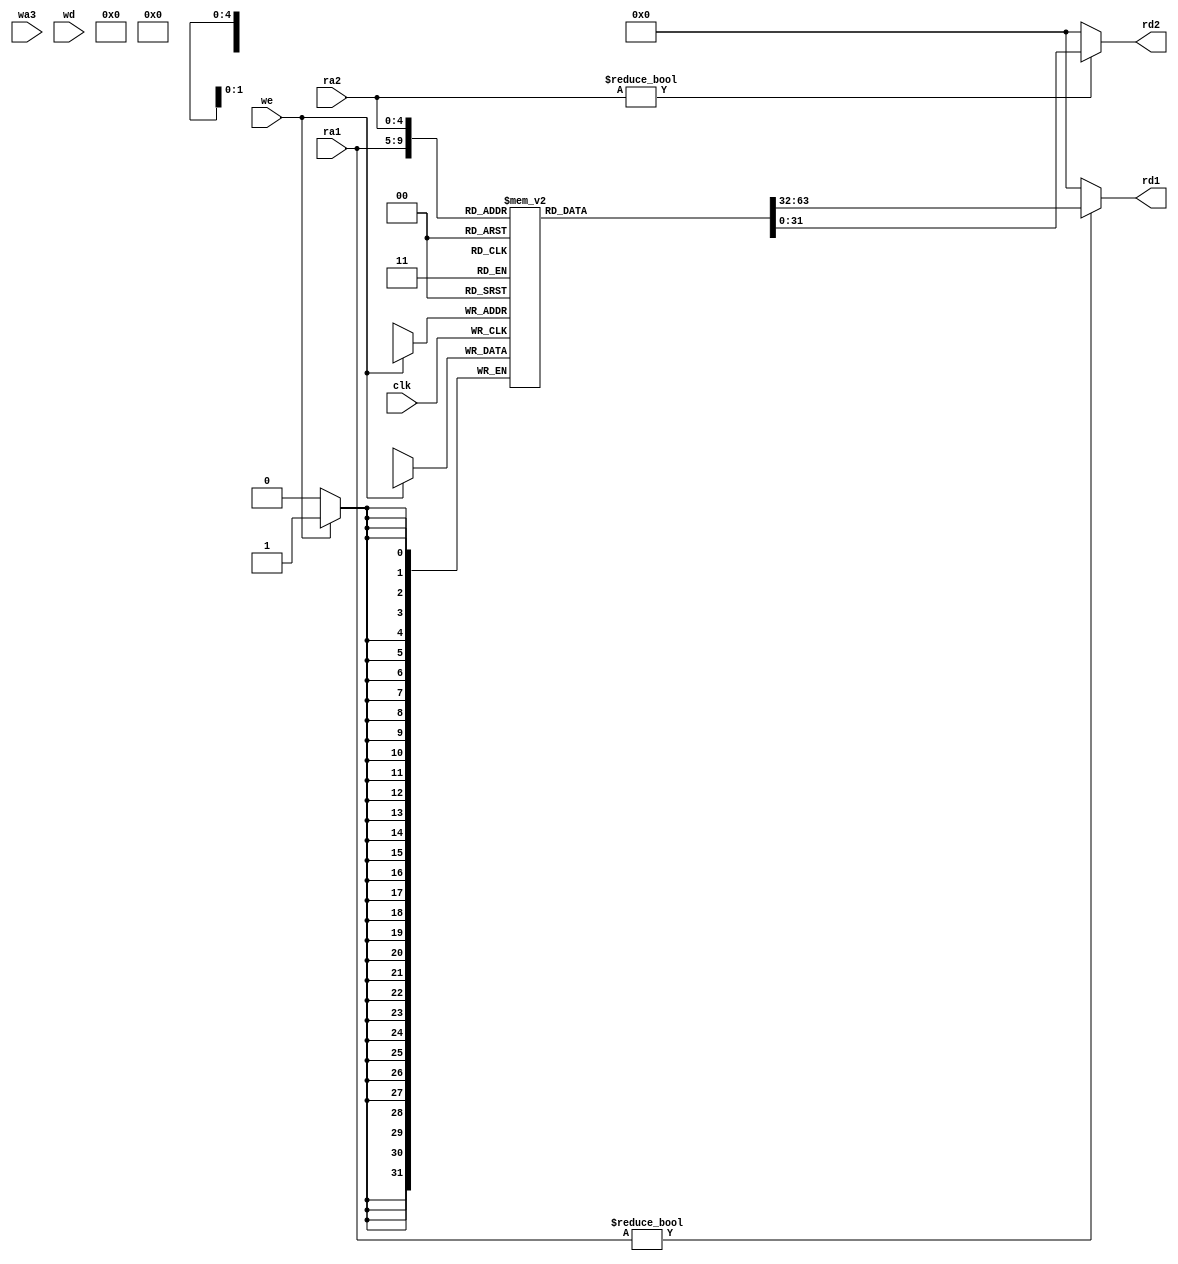
module reg_file(
	input wire clk,
	input wire we,//for write enable

	input wire [4:0] ra1,//
	input wire [4:0] ra2,//for read  addresses
	input wire [4:0] wa3,//for write address

	input wire [31:0] wd,//for write data
	output wire [31:0] rd1,// for read data
	output wire [31:0] rd2//
);

reg [31:0] rf [31:0];

always @(posedge clk)
	if (we)
		rf[wa] <= wd3;

assign rd1 = (ra1 != 0) ? rf[ra1] : 0;
assign rd2 = (ra2 != 0) ? rf[ra2] : 0;
endmodule